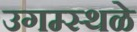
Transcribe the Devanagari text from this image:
उगम्स्थळे